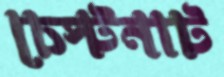
চেস্টনাট